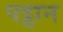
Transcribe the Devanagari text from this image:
पट्ठान